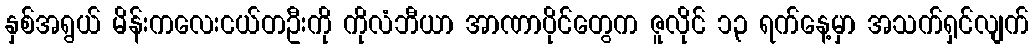
နှစ်အရွယ် မိန်းကလေးငယ်တဦးကို ကိုလံဘီယာ အာဏာပိုင်တွေက ဇူလိုင် ၁၃ ရက်နေ့မှာ အသက်ရှင်လျက်